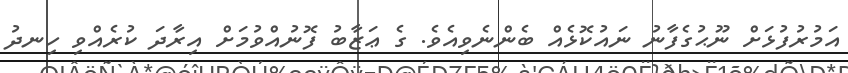
އަމުރުފުޅަށް ނޫޙުގެފާނު ނައުކޮޅެއް ބެންނެވިއެވެ. ގެ ޢަޒާބު ފޮނުއްވުމަށް އިރާދަ ކުރެއްވި ހިނދު